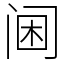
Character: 阃